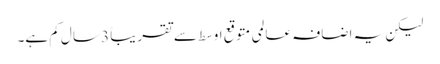
لیکن یہ اضافہ عالمی متوقع اوسط سے تقریباً 3 سال کم ہے۔